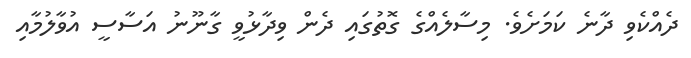
ދެއްކެވި ދާނެ ކަމަށެވެ. މިސާލެއްގެ ގޮތުގައި ދެން ވިދާޅުވީ ގާނޫނު އަސާސީ އުވާލުމާއި